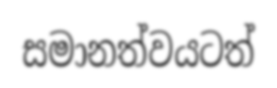
සමානත්වයටත්